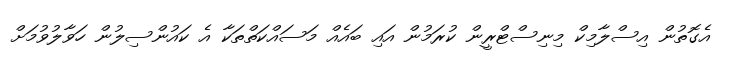
އެގޮތުން އިސްލާމިކް މިނިސްޓްރީން ކުރަމުން އައި ބައެއް މަސައްކަތްތަކާ އެ ކައުންސިލުން ހަވާލުވުމަށް